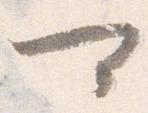
可